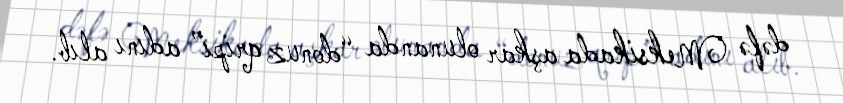
dəfə Meksikada aşkar olunanda “donuz qripi” adını alıb.